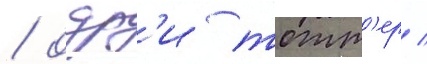
/ одр'и тотт'ер /